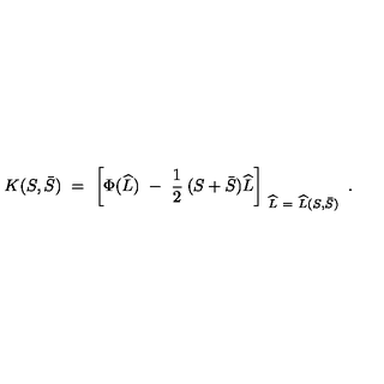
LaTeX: K ( S , \bar { S } ) \ = \ \left[ \Phi ( \widehat L ) \ - \ \frac { 1 } { 2 } \: ( S + \bar { S } ) \widehat L \right] _ { \ \widehat L \ = \ \widehat L ( S , \bar { S } ) } \ .